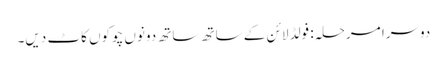
دوسرا مرحلہ: فولڈ لائن کے ساتھ ساتھ دونوں چوکوں کاٹ دیں۔